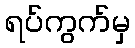
ရပ်ကွက်မှ